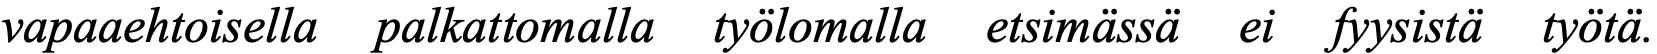
vapaaehtoisella palkattomalla työlomalla etsimässä ei fyysistä työtä.